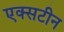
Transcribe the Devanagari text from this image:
एक्सटीन